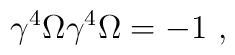
\gamma^4 \Omega \gamma^4 \Omega = -1 ~,